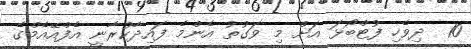
10  ދިވެހި ފުޓްބޯޅަ އަށް މި ވަގުތު އެންމެ ފައިދާކުރާނީ އެފްއޭއެމްގެ